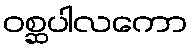
ဝစ္ဆပါလကော